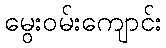
မွေးဝမ်းကျောင်း